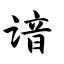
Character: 谙